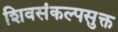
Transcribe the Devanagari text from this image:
शिवसंकल्पसुक्त